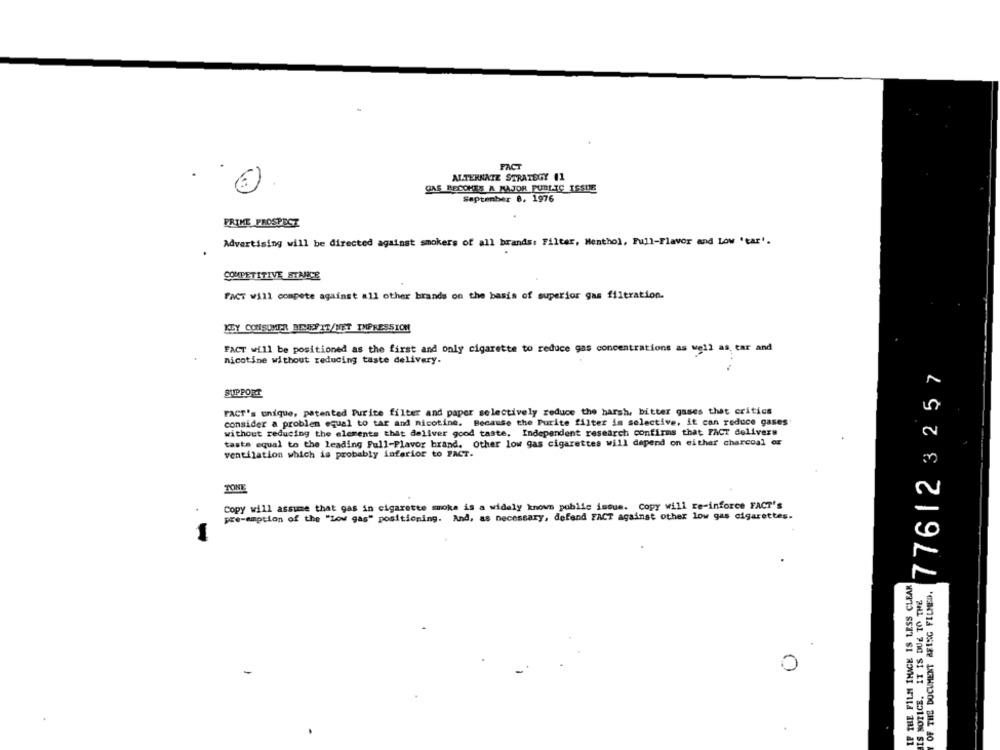
FACT
ALTERNATE STRATEGY 11
GAS BECOMES A MAJOR PUBLIC ISSUE
September 8, 1976
PRIME PROSPECT
Advertising will be directed against smokers of all brands: Filter, Menthol, Full-Flavor and Low 'tar'.
COMPETITIVE STARCE
FACT will compete against all other brands on the basis of superior gas filtration.
KEY CONSUMER BENEFIT/NET IMPRESSION
FACT will be positioned as the first and only cigarette to reduce gas concentrations as well as, car and
nicotine without reducing taste delivery.
776123257
SUPPORT
FACT's unique, patented Purite filter and paper selectively reduce the harsh, bitter gases that critics
consider a problem equal to tar and nicotine. Because the Purite filter is selective, it can reduce gases
without reducing the elements that deliver good taste. Independent research confirms that FACT delivers
taste equal to the leading Full-Flavor brand. Other low gas cigarettes will depend on either charcoal or
ventilation which is probably inferior to FACT.
TONE
Copy will assume that gas in cigarette smoke is a widely knows public issue. Copy will re-inforce FACT's
pre-emption of the "Low gas" positioning. And, as necessary, defend FACT against other low gas cigarettes.
IF THE FILM IMAGE IS LESS CLEAR
OF THE DOCUMENT AFING FILMED.
HIS NOTICE. IT IS DUE TO THE
0